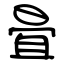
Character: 畳